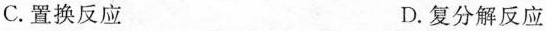
C.置换反应 D.复分解反应